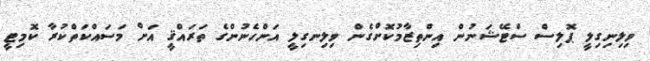
ވިލިނިގިލީ ޕޮލިސް ސްޓޭޝަނުން އިންތިޒާމުކޮށްގެން ވިލިނގިލީ އަންހެނުންގެ ތަރައްޤީ އަށް މަސައްކަތްކުރާ ކޮމިޓީ